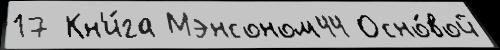
17 Кн'и́га Мэнсоном44 Осно́вой